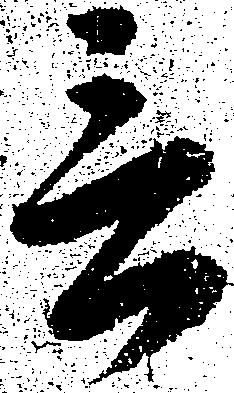
言